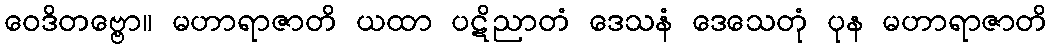
ဝေဒိတဗ္ဗော။ မဟာရာဇာတိ ယထာ ပဋိညာတံ ဒေသနံ ဒေသေတုံ ပုန မဟာရာဇာတိ